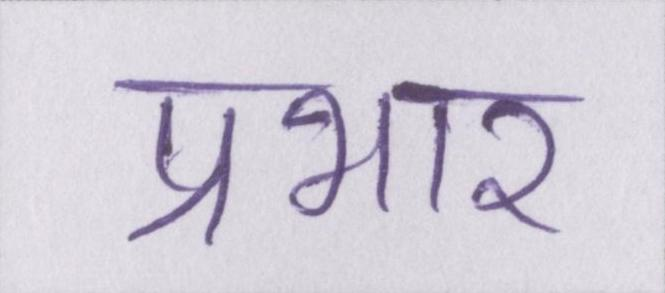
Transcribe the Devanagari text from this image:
प्रभार